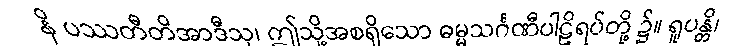
နိ ပဿတီတိအာဒီသု၊ ဤသို့အစရှိသော ဓမ္မသင်္ဂဏီပါဠိရပ်တို့ ၌။ ရူပန္တိ၊